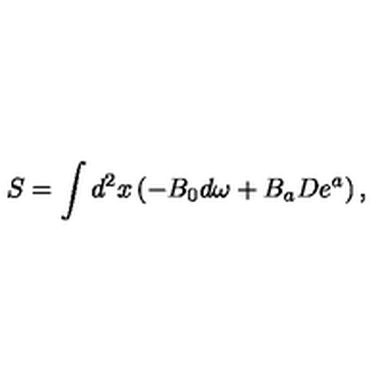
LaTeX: S = \int d ^ { 2 } x \left( - B _ { 0 } d \omega + B _ { a } D e ^ { a } \right) ,